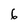
Character: 6